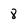
Character: 8